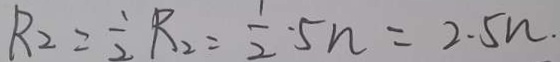
R _ { 2 } = \frac { 1 } { 2 } R _ { 2 } = \frac { 1 } { 2 } \cdot 5 n = 2 . 5 n .